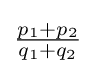
{\textstyle {\frac {p_{1}+p_{2}}{q_{1}+q_{2}}}}